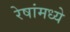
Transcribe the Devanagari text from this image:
रेषांमध्ये